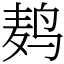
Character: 鿺